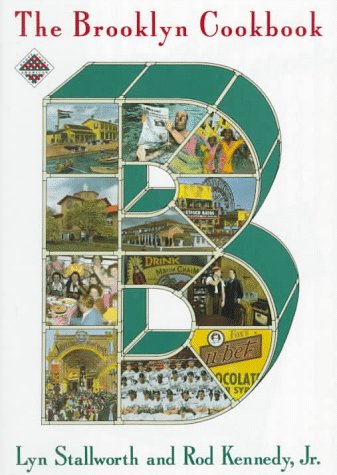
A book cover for The Brooklyn Cookbook (Knopf Cooks American); Lyn Stallworth; Cookbooks, Food & Wine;